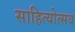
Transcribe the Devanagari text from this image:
साहित्योत्सव